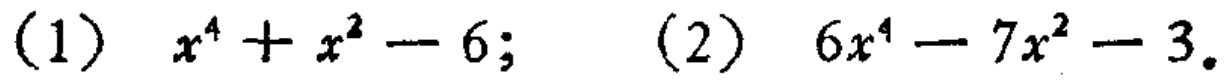
(1) \(x^{4}+x^{2}-6\); (2) \(6x^{4}-7x^{2}-3\)